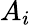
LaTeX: A_{i}